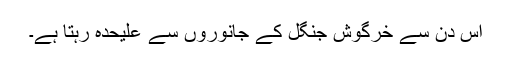
اس دن سے خرگوش جنگل کے جانوروں سے علیحدہ رہتا ہے۔